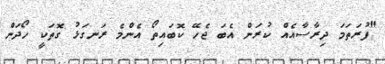
"ފުރަތަމަ ދިރާސާއެއް ކުރަން އެބަ ޖެހޭ ކޮބައިތޯ އެންމެ ރަނގަޅު ގޮތަކީ ހޯދަން